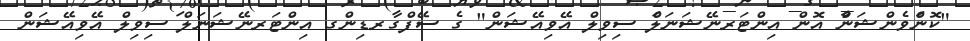
"ކޮންވެންޝަން އޮން އިންޓަރނޭޝަނަލް ސިވިލް އޭވިއޭޝަން" ގެ ސޭފްގާރޑިންގ އިންޓަރނޭޝަނަލް ސިވިލް އޭވިއޭޝަން